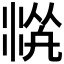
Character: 𱦻